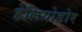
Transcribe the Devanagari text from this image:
हेलियोडोर